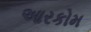
આરકોમ